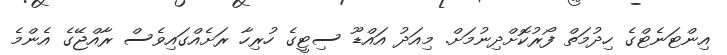
އިންޓަނެޓްގެ ހިދުމަތް ފޯރުކޮށްދިނުމަށް. މިއަދު އައްޑޫ ސިޓީގެ ހުރިހާ ރަށެއްގައިވެސް ރާއްޖޭގެ އެންމެ